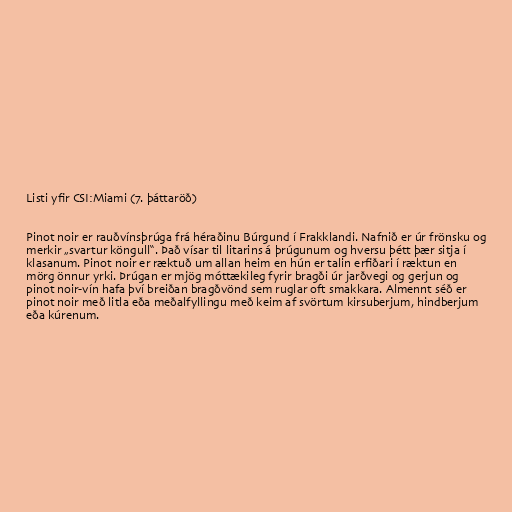
Listi yfir CSI:Miami (7. þáttaröð)

Pinot noir er rauðvínsþrúga frá héraðinu Búrgund í Frakklandi. Nafnið er úr frönsku og
merkir „svartur köngull“. Það vísar til litarins á þrúgunum og hversu þétt þær sitja í
klasanum. Pinot noir er ræktuð um allan heim en hún er talin erfiðari í ræktun en
mörg önnur yrki. Þrúgan er mjög móttækileg fyrir bragði úr jarðvegi og gerjun og
pinot noir-vín hafa því breiðan bragðvönd sem ruglar oft smakkara. Almennt séð er
pinot noir með litla eða meðalfyllingu með keim af svörtum kirsuberjum, hindberjum
eða kúrenum.